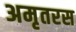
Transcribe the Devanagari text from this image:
अमृतरस